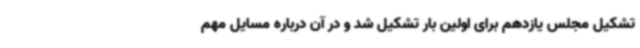
تشکیل مجلس یازدهم برای اولین بار تشکیل شد و در آن درباره مسایل مهم